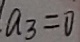
a _ { 3 } = 0